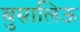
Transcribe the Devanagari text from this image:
बुसालिऊ